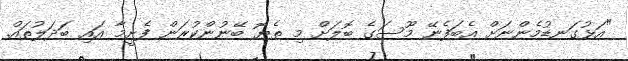
"އަޅުގަނޑުމެންނަށް އެބަފެނޭ މޫސަގެ ބޮލަށް މި ތެޔޮ ބޭނުންކުރަން ފެށީމާ އައި ބަދަލުތައް.